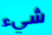
شيء